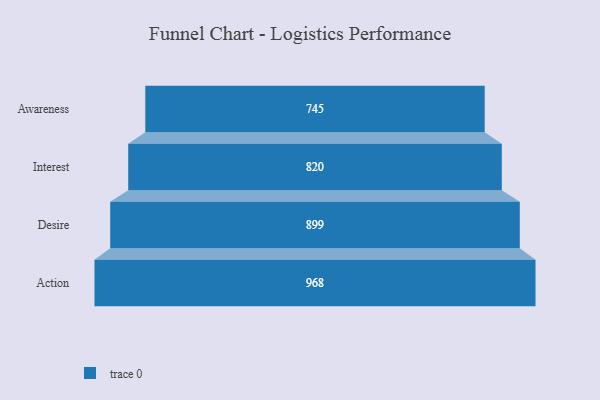
{"axis": {"x": "Stage", "y": "Value"}, "legend": [""], "data": [{"x": "Awareness", "y": 745.0, "type": ""}, {"x": "Interest", "y": 820.0, "type": ""}, {"x": "Desire", "y": 899.0, "type": ""}, {"x": "Action", "y": 968.0, "type": ""}]}